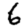
Digit: 6